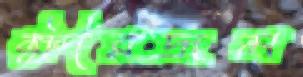
ক্ষীরদ্রূম